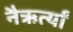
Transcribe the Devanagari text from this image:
नैऋर्त्यां